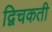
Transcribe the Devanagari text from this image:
द्विचकती